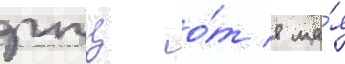
рпц о́т 8 ма́я